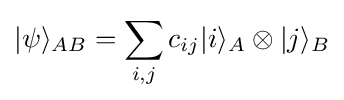
|\psi \rangle _{AB}=\sum _{i,j}c_{ij}|i\rangle _{A}\otimes |j\rangle _{B}